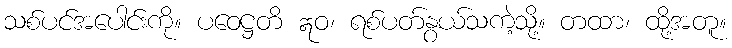
သစ်ပင်အပေါင်းကို။ ပဝေဋ္ဌတိ ဣဝ၊ ရစ်ပတ်နွယ်သကဲ့သို့။ တထာ၊ ထို့အတူ။